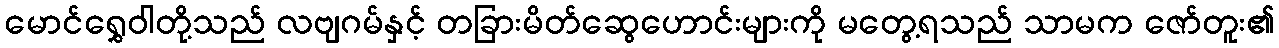
မောင်ရွှေဝါတို့သည် လဗျဂမ်နှင့် တခြားမိတ်ဆွေဟောင်းများကို မတွေ့ရသည် သာမက ဇော်တူး၏